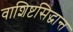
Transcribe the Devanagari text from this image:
वाशिष्टसिद्धान्त